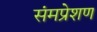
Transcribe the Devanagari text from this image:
संमप्रेशण